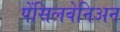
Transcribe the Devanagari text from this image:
पेंसिलवेनिअन